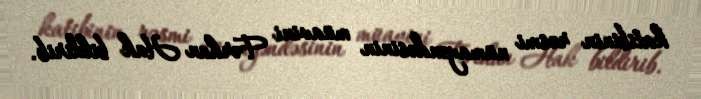
katibinin rəsmi nümayəndəsinin müavini Fərhan Hak bildirib.